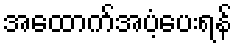
အထောက်အပံ့ပေးရန်